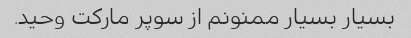
بسیار بسیار ممنونم از سوپر مارکت وحید.